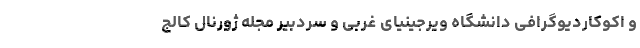
و اکوکاردیوگرافی دانشگاه ویرجینیای غربی و سردبیر مجله ژورنال کالج